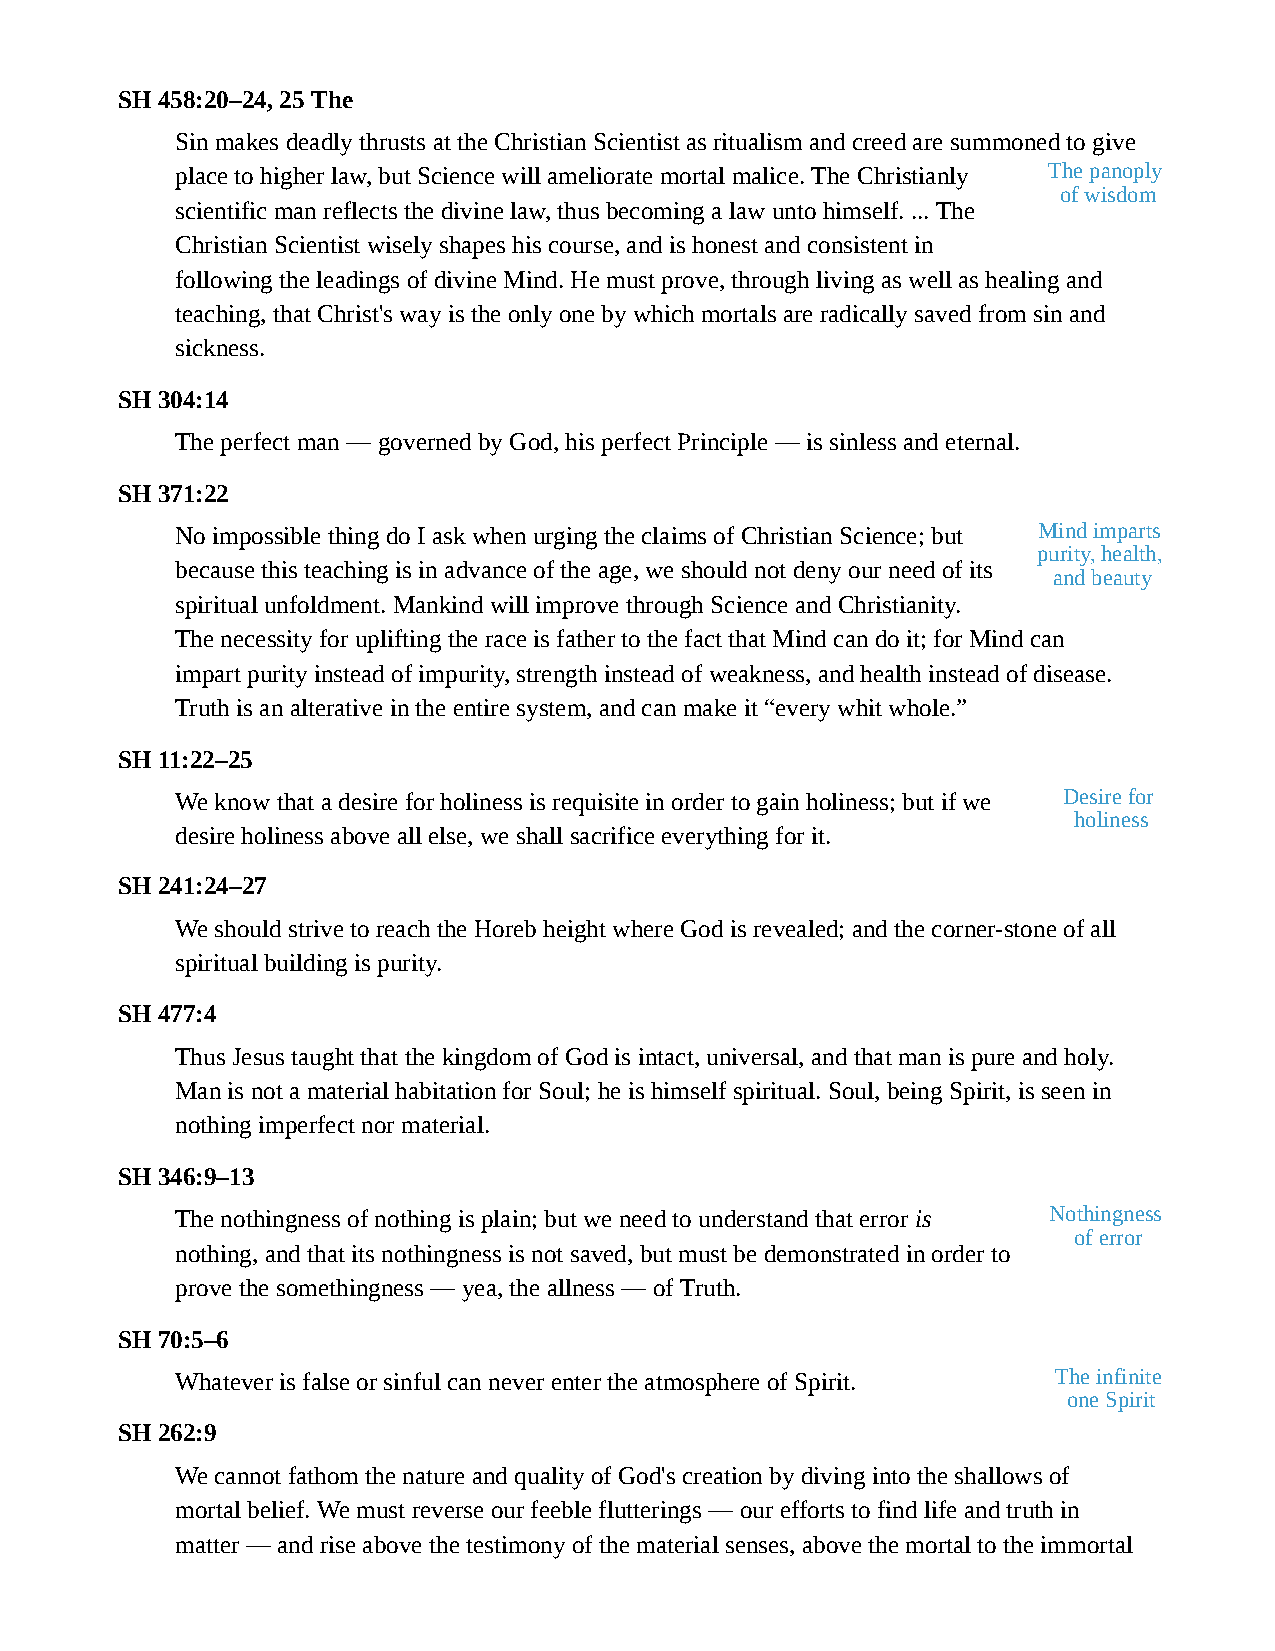
SH 458:20–24, 25 The
 Sin makes deadly thrusts at the Christian Scientist as ritualism and creed are summoned to give
 place to higher law, but Science will ameliorate mortal malice. The Christianly The panoply
 of wisdom
 scientific man reflects the divine law, thus becoming a law unto himself. ... The
 Christian Scientist wisely shapes his course, and is honest and consistent in
 following the leadings of divine Mind. He must prove, through living as well as healing and
 teaching, that Christ's way is the only one by which mortals are radically saved from sin and
 sickness.
 SH 304:14
 The perfect man — governed by God, his perfect Principle — is sinless and eternal.
 SH 371:22
 No impossible thing do I ask when urging the claims of Christian Science; but Mind imparts
 purity, health,
 because this teaching is in advance of the age, we should not deny our need of its
 and beauty
 spiritual unfoldment. Mankind will improve through Science and Christianity.
 The necessity for uplifting the race is father to the fact that Mind can do it; for Mind can
 impart purity instead of impurity, strength instead of weakness, and health instead of disease.
 Truth is an alterative in the entire system, and can make it “every whit whole.”
 SH 11:22–25
 We know that a desire for holiness is requisite in order to gain holiness; but if we Desire for
 holiness
 desire holiness above all else, we shall sacrifice everything for it.
 SH 241:24–27
 We should strive to reach the Horeb height where God is revealed; and the corner-stone of all
 spiritual building is purity.
 SH 477:4
 Thus Jesus taught that the kingdom of God is intact, universal, and that man is pure and holy.
 Man is not a material habitation for Soul; he is himself spiritual. Soul, being Spirit, is seen in
 nothing imperfect nor material.
 SH 346:9–13
 The nothingness of nothing is plain; but we need to understand that error is Nothingness
 of error
 nothing, and that its nothingness is not saved, but must be demonstrated in order to
 prove the somethingness — yea, the allness — of Truth.
 SH 70:5–6
 Whatever is false or sinful can never enter the atmosphere of Spirit. The infinite
 one Spirit
 SH 262:9
 We cannot fathom the nature and quality of God's creation by diving into the shallows of
 mortal belief. We must reverse our feeble flutterings — our efforts to find life and truth in
 matter — and rise above the testimony of the material senses, above the mortal to the immortal